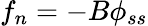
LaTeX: f_{n}=-B\phi_{ss}